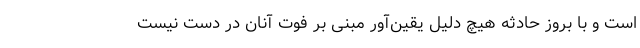
است و با بروز حادثه هیچ دلیل یقین‌آور مبنی بر فوت آنان در دست نیست